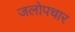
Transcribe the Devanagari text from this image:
जलोपचार